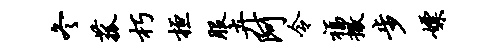
冬菰朽桓服卉阿令福撤步嫖